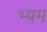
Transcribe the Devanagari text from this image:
भ्पम